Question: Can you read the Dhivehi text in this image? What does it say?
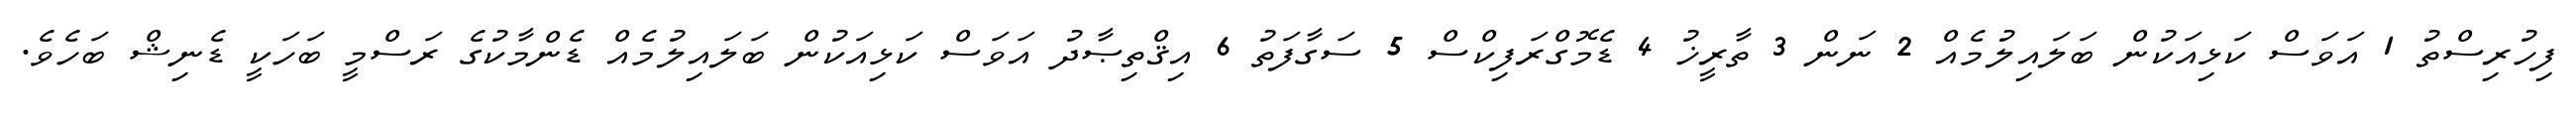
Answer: ފިހުރިސްތު 1 އަވަސް ކަޅިއަކުން ބަލައިލުމެއް 2 ނަން 3 ތާރީޚު 4 ޑެމޮގްރަފިކްސް 5 ސަގާފަތު 6 އިޤްތިޞާދު އަވަސް ކަޅިއަކުން ބަލައިލުމެއް ޑެންމާކުގެ ރަސްމީ ބަހަކީ ޑެނިޝް ބަހެވެ.